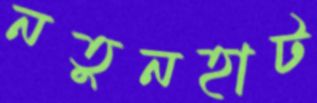
নতুনহাট